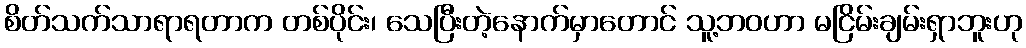
စိတ်သက်သာရာရတာက တစ်ပိုင်း၊ သေပြီးတဲ့နောက်မှာတောင် သူ့ဘဝဟာ မငြိမ်းချမ်းရှာဘူးဟု